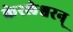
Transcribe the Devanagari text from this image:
केरलेश्वरन्